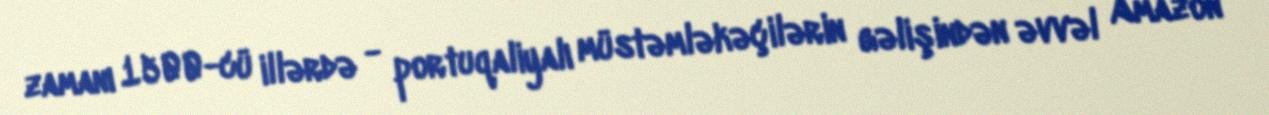
zamanı 1500-cü illərdə - portuqaliyalı müstəmləkəçilərin gəlişindən əvvəl Amazon